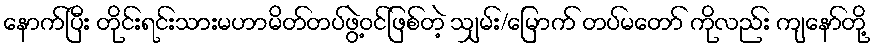
နောက်ပြီး တိုင်းရင်းသားမဟာမိတ်တပ်ဖွဲ့ဝင်ဖြစ်တဲ့ သျှမ်း/မြောက် တပ်မတော် ကိုလည်း ကျနော်တို့